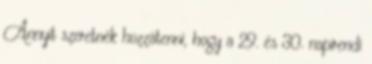
Annyit szeretnék hozzátenni, hogy a 29. és 30. napirendi